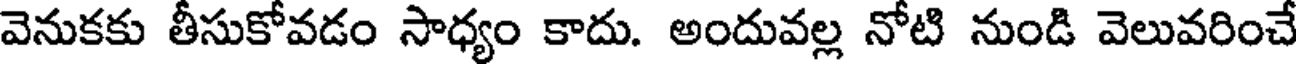
వెనుకకు తీసుకోవడం సాధ్యం కాదు. అందువల్ల నోటి నుండి వెలువరించే